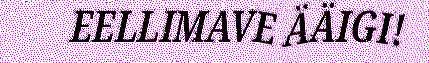
EELLIMAVE ÄÄIGI!